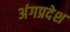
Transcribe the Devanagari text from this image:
अंगप्रदेश